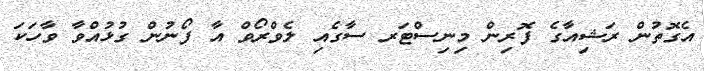
އެގޮތުން ރަޝިއާގެ ފޮރިން މިނިސްޓަރ ސާގެއި ލެވްރޯވް އާ ފޯނުން ގުޅުއްވާ ވާހަކަ